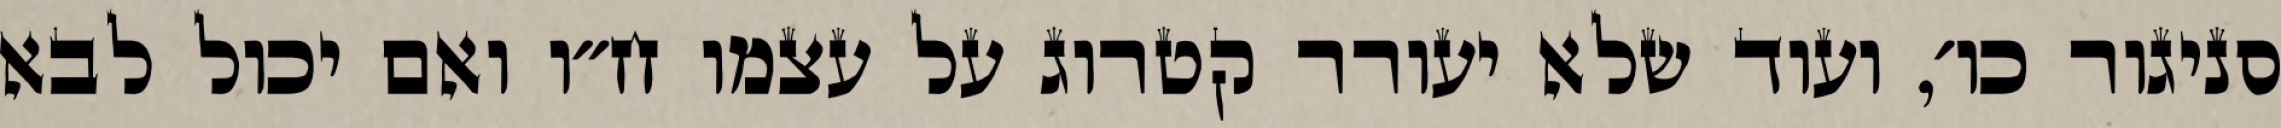
סניגור כו׳, ועוד שלא יעורר קטרוג על עצמו ח״ו ואם יכול לבא